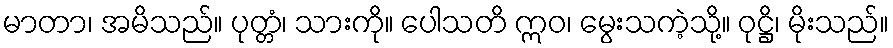
မာတာ၊ အမိသည်။ ပုတ္တံ၊ သားကို။ ပေါသတိ ဣဝ၊ မွေးသကဲ့သို့။ ဝုဋ္ဌိ၊ မိုးသည်။